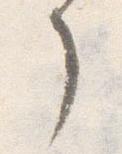
了